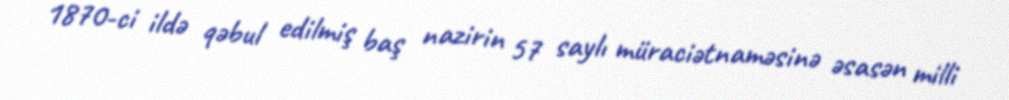
1870-ci ildə qəbul edilmiş baş nazirin 57 saylı müraciətnaməsinə əsasən milli